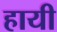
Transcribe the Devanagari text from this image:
हायी